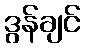
ဒွန်ချင်